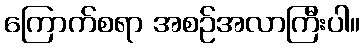
ကြောက်စရာ အစဉ်အလာကြီးပါ။